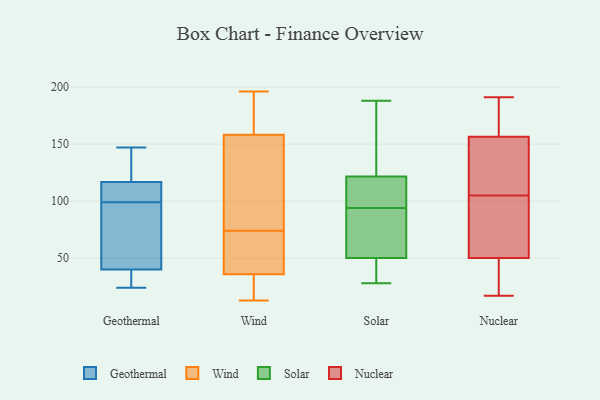
{"axis": {"x": "Energy Usage (MWh)", "y": "Value"}, "legend": ["Geothermal", "Nuclear", "Solar", "Wind"], "data": [{"x": "", "y": 99, "type": "Geothermal"}, {"x": "", "y": 114, "type": "Geothermal"}, {"x": "", "y": 33, "type": "Geothermal"}, {"x": "", "y": 24, "type": "Geothermal"}, {"x": "", "y": 40, "type": "Geothermal"}, {"x": "", "y": 147, "type": "Geothermal"}, {"x": "", "y": 58, "type": "Geothermal"}, {"x": "", "y": 111, "type": "Geothermal"}, {"x": "", "y": 64, "type": "Geothermal"}, {"x": "", "y": 140, "type": "Geothermal"}, {"x": "", "y": 102, "type": "Geothermal"}, {"x": "", "y": 40, "type": "Geothermal"}, {"x": "", "y": 125, "type": "Geothermal"}, {"x": "", "y": 170, "type": "Wind"}, {"x": "", "y": 196, "type": "Wind"}, {"x": "", "y": 169, "type": "Wind"}, {"x": "", "y": 48, "type": "Wind"}, {"x": "", "y": 26, "type": "Wind"}, {"x": "", "y": 113, "type": "Wind"}, {"x": "", "y": 36, "type": "Wind"}, {"x": "", "y": 13, "type": "Wind"}, {"x": "", "y": 74, "type": "Wind"}, {"x": "", "y": 36, "type": "Wind"}, {"x": "", "y": 126, "type": "Wind"}, {"x": "", "y": 116, "type": "Solar"}, {"x": "", "y": 94, "type": "Solar"}, {"x": "", "y": 65, "type": "Solar"}, {"x": "", "y": 99, "type": "Solar"}, {"x": "", "y": 39, "type": "Solar"}, {"x": "", "y": 188, "type": "Solar"}, {"x": "", "y": 138, "type": "Solar"}, {"x": "", "y": 66, "type": "Solar"}, {"x": "", "y": 164, "type": "Solar"}, {"x": "", "y": 38, "type": "Solar"}, {"x": "", "y": 38, "type": "Solar"}, {"x": "", "y": 185, "type": "Solar"}, {"x": "", "y": 28, "type": "Solar"}, {"x": "", "y": 87, "type": "Solar"}, {"x": "", "y": 102, "type": "Solar"}, {"x": "", "y": 106, "type": "Solar"}, {"x": "", "y": 54, "type": "Solar"}, {"x": "", "y": 155, "type": "Nuclear"}, {"x": "", "y": 120, "type": "Nuclear"}, {"x": "", "y": 105, "type": "Nuclear"}, {"x": "", "y": 51, "type": "Nuclear"}, {"x": "", "y": 136, "type": "Nuclear"}, {"x": "", "y": 191, "type": "Nuclear"}, {"x": "", "y": 99, "type": "Nuclear"}, {"x": "", "y": 59, "type": "Nuclear"}, {"x": "", "y": 31, "type": "Nuclear"}, {"x": "", "y": 86, "type": "Nuclear"}, {"x": "", "y": 185, "type": "Nuclear"}, {"x": "", "y": 169, "type": "Nuclear"}, {"x": "", "y": 37, "type": "Nuclear"}, {"x": "", "y": 43, "type": "Nuclear"}, {"x": "", "y": 157, "type": "Nuclear"}, {"x": "", "y": 142, "type": "Nuclear"}, {"x": "", "y": 167, "type": "Nuclear"}, {"x": "", "y": 17, "type": "Nuclear"}, {"x": "", "y": 50, "type": "Nuclear"}]}